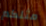
مثلكم